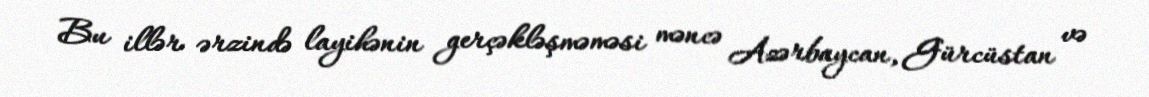
Bu illər ərzində layihənin gerçəkləşməməsi məncə Azərbaycan, Gürcüstan və